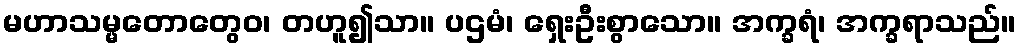
မဟာသမ္မတောတွေဝ၊ တဟူ၍သာ။ ပဌမံ၊ ရှေးဦးစွာသော။ အက္ခရံ၊ အက္ခရာသည်။